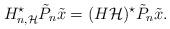
LaTeX: \begin{align*}H_{n,\mathcal{H}}^{\star}\tilde{P}_n \tilde{x} = (H\mathcal{H})^{\star}\tilde{P}_n \tilde{x}.\end{align*}